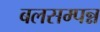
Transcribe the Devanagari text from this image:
बलसम्पन्न